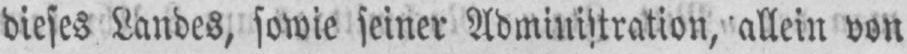
dieses Landes, sowie seiner Administration, allein von